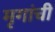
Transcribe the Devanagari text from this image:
मृगांची